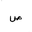
Letter: _sad